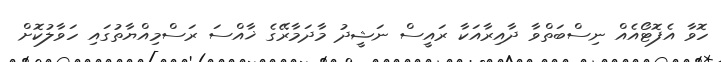
ހޮވާ އެފޮޓޯއެއް ނިސްބަތްވާ ދާއިރާއަކާ ރައީސް ނަޝީދު މާދަމާރޭގެ ޚާއްސަ ރަސްމިއްޔާތުގައި ހަވާލުކޮށް